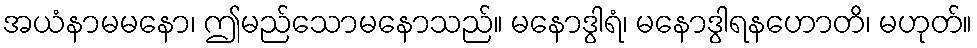
အယံနာမမနော၊ ဤမည်သောမနောသည်။ မနောဒွါရံ၊ မနောဒွါရနဟောတိ၊ မဟုတ်။